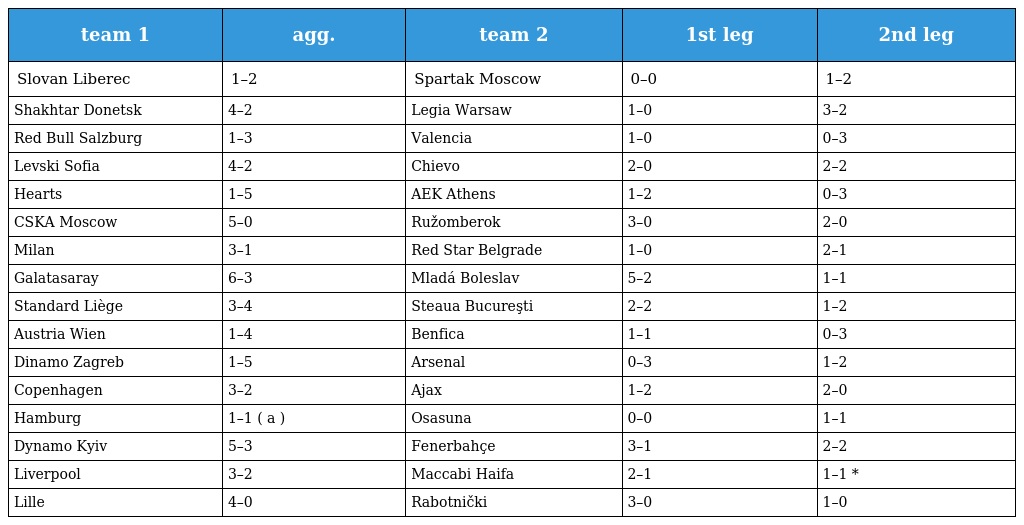
| team 1 | agg. | team 2 | 1st leg | 2nd leg |
 | --- | --- | --- | --- | --- |
 | Slovan Liberec | 1–2 | Spartak Moscow | 0–0 | 1–2 |
 | Shakhtar Donetsk | 4–2 | Legia Warsaw | 1–0 | 3–2 |
 | Red Bull Salzburg | 1–3 | Valencia | 1–0 | 0–3 |
 | Levski Sofia | 4–2 | Chievo | 2–0 | 2–2 |
 | Hearts | 1–5 | AEK Athens | 1–2 | 0–3 |
 | CSKA Moscow | 5–0 | Ružomberok | 3–0 | 2–0 |
 | Milan | 3–1 | Red Star Belgrade | 1–0 | 2–1 |
 | Galatasaray | 6–3 | Mladá Boleslav | 5–2 | 1–1 |
 | Standard Liège | 3–4 | Steaua Bucureşti | 2–2 | 1–2 |
 | Austria Wien | 1–4 | Benfica | 1–1 | 0–3 |
 | Dinamo Zagreb | 1–5 | Arsenal | 0–3 | 1–2 |
 | Copenhagen | 3–2 | Ajax | 1–2 | 2–0 |
 | Hamburg | 1–1 ( a ) | Osasuna | 0–0 | 1–1 |
 | Dynamo Kyiv | 5–3 | Fenerbahçe | 3–1 | 2–2 |
 | Liverpool | 3–2 | Maccabi Haifa | 2–1 | 1–1 * |
 | Lille | 4–0 | Rabotnički | 3–0 | 1–0 |